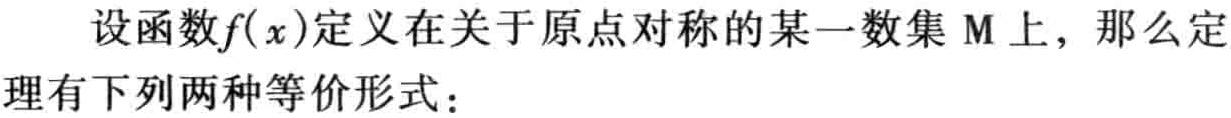
设函数\(f(x)\)定义在关于原点对称的某一数集\(M\)上，那么定理有下列两种等价形式：